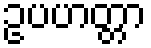
ဥပဟတ္တာ